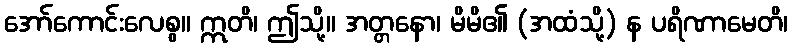
အော်ကောင်းလေစွ။ ဣတိ၊ ဤသို့။ အတ္တနော၊ မိမိ၏ (အထံသို့) န ပရိဏာမေတိ၊